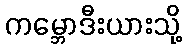
ကမ္ဘောဒီးယားသို့